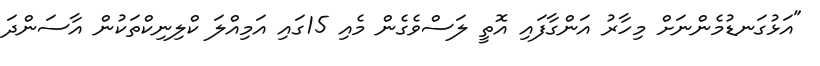
"އަޅުގަނޑުމެންނަށް މިހާރު އަންގާފައި އޮތީ ލަސްވެގެން މެއި 15ގައި އަމިއްލަ ކްލިނިކްތަކުން އާސަންދަ